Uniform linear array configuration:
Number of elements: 8
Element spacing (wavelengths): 0.5
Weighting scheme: hann
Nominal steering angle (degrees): -45
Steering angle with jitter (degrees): -44.1
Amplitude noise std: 0.05
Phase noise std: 0.05

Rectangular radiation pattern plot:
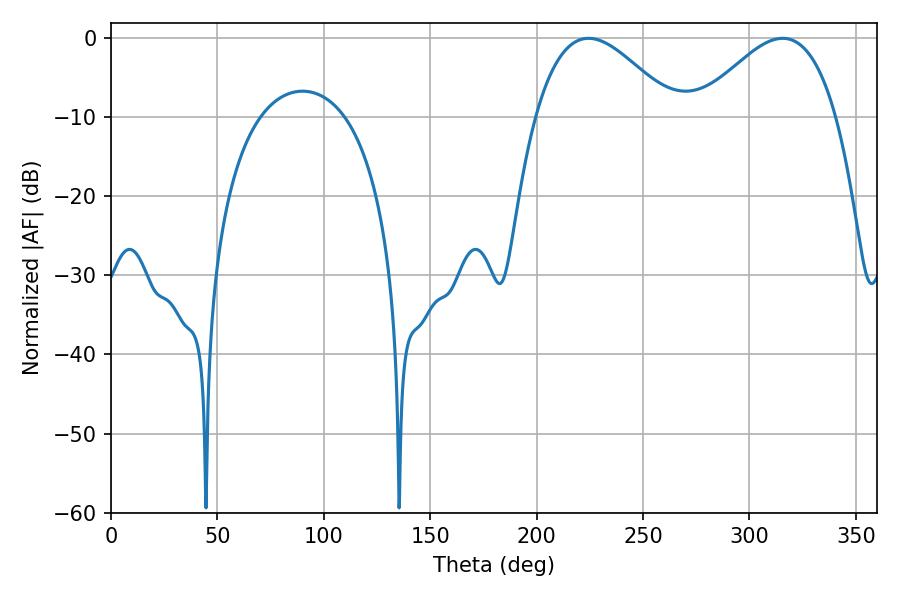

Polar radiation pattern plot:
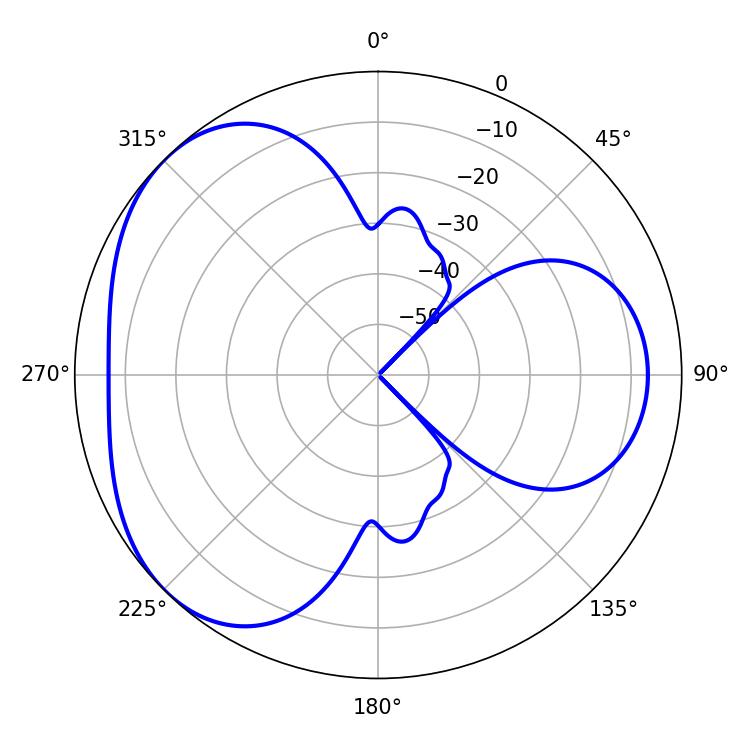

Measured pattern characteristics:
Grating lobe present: FALSE
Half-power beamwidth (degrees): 35.28
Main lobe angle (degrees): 224.46